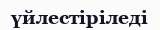
үйлестіріледі